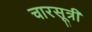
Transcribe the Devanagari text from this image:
चारसूत्री